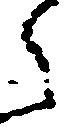
之